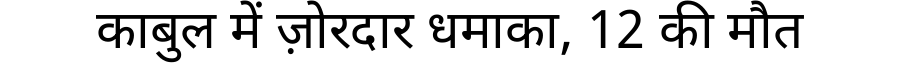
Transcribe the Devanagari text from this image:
काबुल में ज़ोरदार धमाका, 12 की मौत